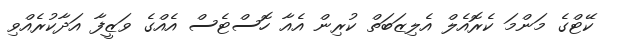
ކޭޓްގެ މަންމަ ކެރޮއެލް އެލިޒަބަތް ކުރިން އެއާ ހޮސްޓެސް އެއްގެ ވަޒީފާ އަދާކުރެއްވި